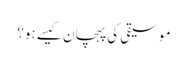
موسیقی کی پہچان کیسے ہو؟